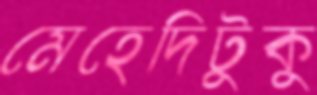
মেহেদিটুকু